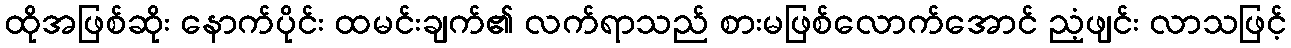
ထိုအဖြစ်ဆိုး နောက်ပိုင်း ထမင်းချက်၏ လက်ရာသည် စားမဖြစ်လောက်အောင် ညံ့ဖျင်း လာသဖြင့်